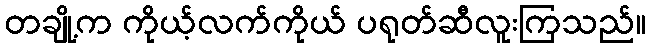
တချို့က ကိုယ့်လက်ကိုယ် ပရုတ်ဆီလူးကြသည်။